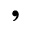
,